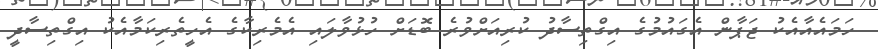
ހަމައެއާއެކު ޖަޕާން އެގައުމުގެ އިގްތިސާދު ކުރިއަށްވުރެ ބޮޑަށް ހުޅުވާލައި އެމެރިކާގެ އެހީތެރިކަމާއެކު އިގްތިސާދީ